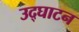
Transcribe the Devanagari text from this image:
उद्‌घाटन